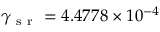
\gamma _ { \mathrm { ~ s ~ r ~ } } = 4 . 4 7 7 8 \times 1 0 ^ { - 4 }